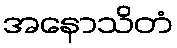
အနောသိတံ